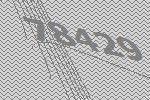
78429